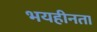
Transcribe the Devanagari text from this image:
भयहीनता